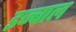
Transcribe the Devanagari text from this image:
इज्बाल